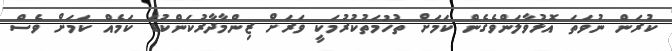
ކުރަން ނުވަތަ އޮޅުވާލަންވެގެން ކަމަށް ތުހުމަތުކުރުމަކީ ވަރަށް ޒިންމާދާރުކަންކުޑަ ކަމެއް ކަމަށް ވެސް